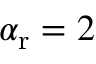
\alpha _ { \mathrm { { r } } } = 2